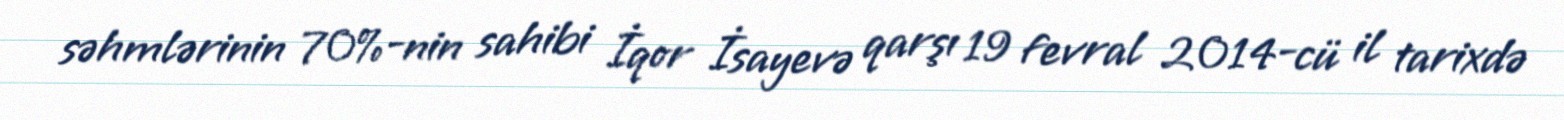
səhmlərinin 70%-nin sahibi İqor İsayevə qarşı 19 fevral 2014-cü il tarixdə